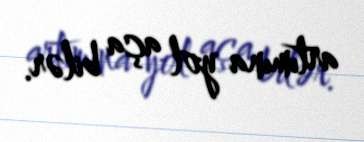
artımına yol aça bilər.